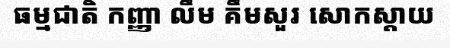
ធម្មជាតិ កញ្ញា លឹម គឹមសួរ សោកស្តាយ